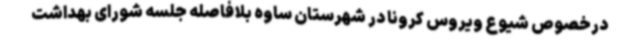
درخصوص شیوع ویروس کرونا در شهرستان ساوه بلافاصله جلسه شورای بهداشت